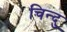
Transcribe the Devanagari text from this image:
चिन्दु